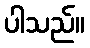
ပါသည်။